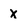
Character: x